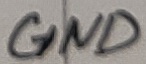
Text: GND